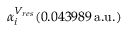
\alpha _ { i } ^ { V _ { r e s } } ( 0 . 0 4 3 9 8 9 \, \mathrm { a . u . } )